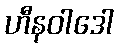
ဟီနဝါဒေါ